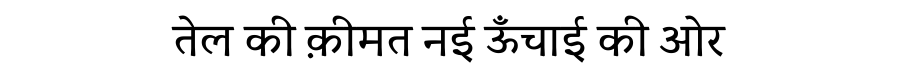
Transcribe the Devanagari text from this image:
तेल की क़ीमत नई ऊँचाई की ओर